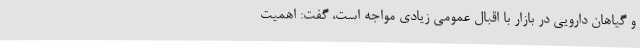
و گیاهان دارویی در بازار با اقبال عمومی زیادی مواجه است، گفت: اهمیت